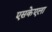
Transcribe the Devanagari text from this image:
एसकेएला